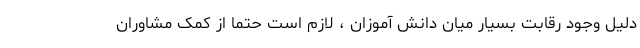
دلیل وجود رقابت بسیار میان دانش آموزان ، لازم است حتماً از کمک مشاوران